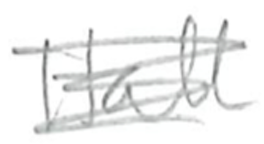
Text: Hall
Cross-out: scratch
Writing tool: pencil